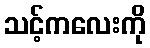
သင့်ကလေးကို